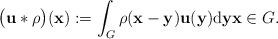
LaTeX: \begin{align*}\big(\mathbf{u} \ast \rho\big)(\mathbf{x}) :=\int_{G} \rho(\mathbf{x} - \mathbf{y}) \mathbf{u}(\mathbf{y}) \mathrm{d}\mathbf{y} \mathbf{x} \in G. \end{align*}